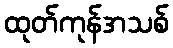
ထုတ်ကုန်အသစ်